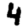
Digit: 4